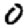
Digit: 0